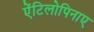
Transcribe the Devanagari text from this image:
ऐंटिलोपिनाए